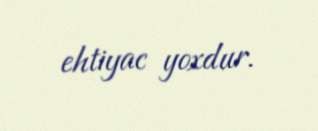
ehtiyac yoxdur.